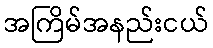
အကြိမ်အနည်းငယ်